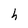
Character: h